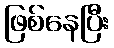
ဖြစ်နေပြီး